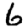
Digit: 6